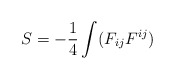
\begin{align*}S=-\frac14 \int (F_{ij}F^{ij})\end{align*}